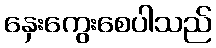
နှေးကွေးစေပါသည်